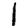
Digit: 1